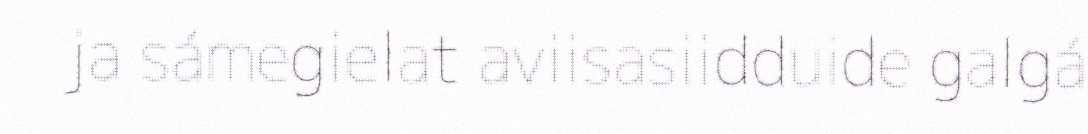
ja sámegielat aviisasiidduide galgá